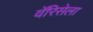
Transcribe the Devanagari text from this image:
वॅरिसेला